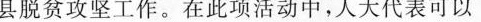
县脱贫攻坚工作。在此项活动中，人大代表可以